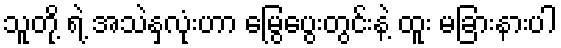
သူတို့ ရဲ့ အသဲနှလုံးဟာ မြွေပွေးတွင်းနဲ့ ထူး မခြားနားပါ